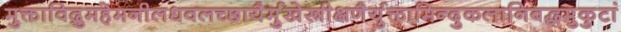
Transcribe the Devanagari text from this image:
मुक्ताविद्रुमहेमनीलधवलच्छायैर्मुखेस्त्रीक्षणैर्युक्तामिन्दुकलानिबद्धमुकुटां